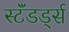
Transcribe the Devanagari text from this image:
स्टॅंडर्ड्स